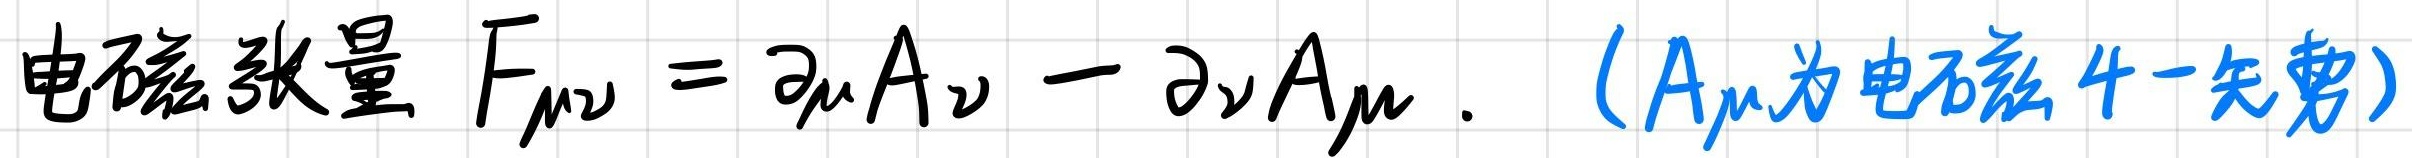
电磁张量 $F_{\mu\nu} = \partial_{\mu}A_{\nu} - \partial_{\nu}A_{\mu}$. ($A_{\mu}$为电磁4-矢势)